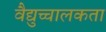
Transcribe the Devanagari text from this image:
वैद्युच्चालकता